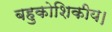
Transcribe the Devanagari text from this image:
बहुकोशिकीय।